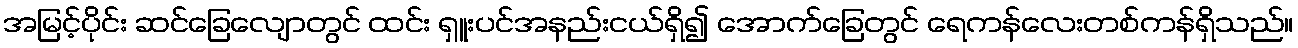
အမြင့်ပိုင်း ဆင်ခြေလျောတွင် ထင်း ရှူးပင်အနည်းငယ်ရှိ၍ အောက်ခြေတွင် ရေကန်လေးတစ်ကန်ရှိသည်။